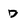
Character: D